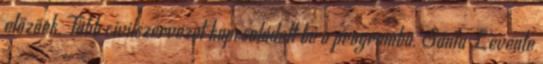
előzőek. Több civilszervezet kapcsolódott be a programba. Sánta Levente